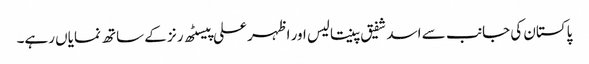
پاکستان کی جانب سے اسد شفیق پینتالیس اور اظہر علی پیسٹھ رنز کے ساتھ نمایاں رہے۔